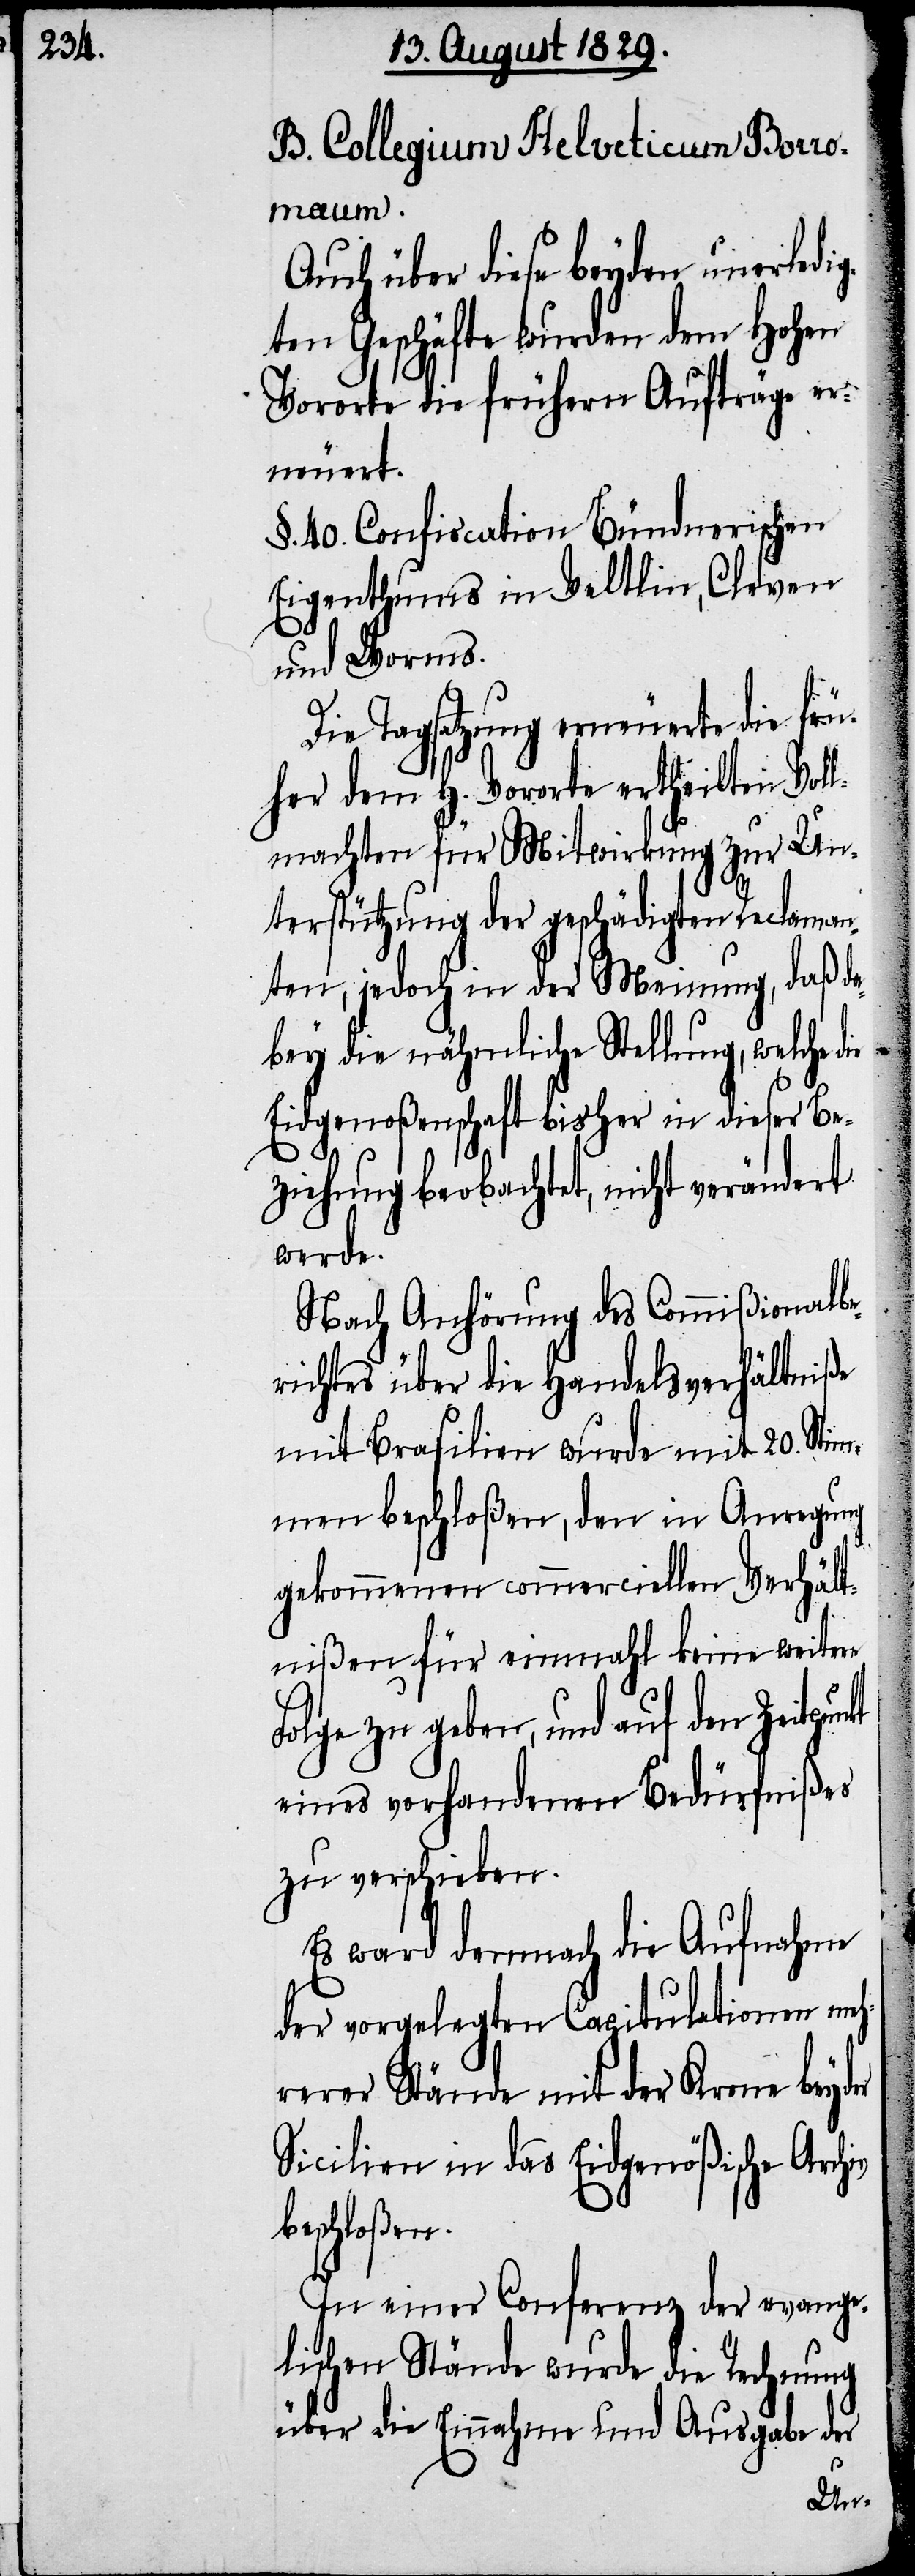
B. Collegium Helveticum Borro¬
kt
Auch über diese beyden unerledi¬
gten Geschäfte wurden dem Hohen
Vororte die frühern Aufträge er¬
neuert.
§. 40. Confiscation Bündnerischen
Eigenthums in Veltlin, Cleven
und Worms.
Die Tagsatzung erneuerte die frü¬
her dem H. Vororte ertheilten Vol¬
lmachten für Mitwirkung zur Un¬
terstützung der geschädigten Reclaman¬
ten, jedoch in der Meinung, daß da¬
bey die nähmliche Stellung, welche
Eidgenoßenschaft bisher in dieser Be¬
ziehung beobachtet, nicht verändert
werde.
Nach Anhörung des Commißionalb¬
erichtes über die Handelsverhältniße
mit Brasilien wurde mit 20. Stim¬
men beschloßen, den in Anregung
gekommenen commerciellen Verhält¬
nißen für einmahl keine weitere
Folge zu geben, und auf den Zeitpun¬
eines vorhandenen Bedürfnißes
zu verschieben.
Es ward demnach die Aufnahme
der vorgelegten Capitulationen me¬
hrerer Stände mit der Krone beyder
Sicilien in das Eidgenößische Archiv
beschloßen.
In einer Conferenz der evange¬
lischen Stände wurde die Rechnung
über die Einnahme und Ausgabe der